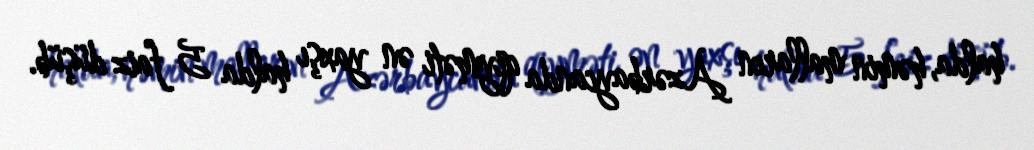
halda, həmin malların Azərbaycanda qiyməti ən yaxşı halda 5 faiz düşüb.